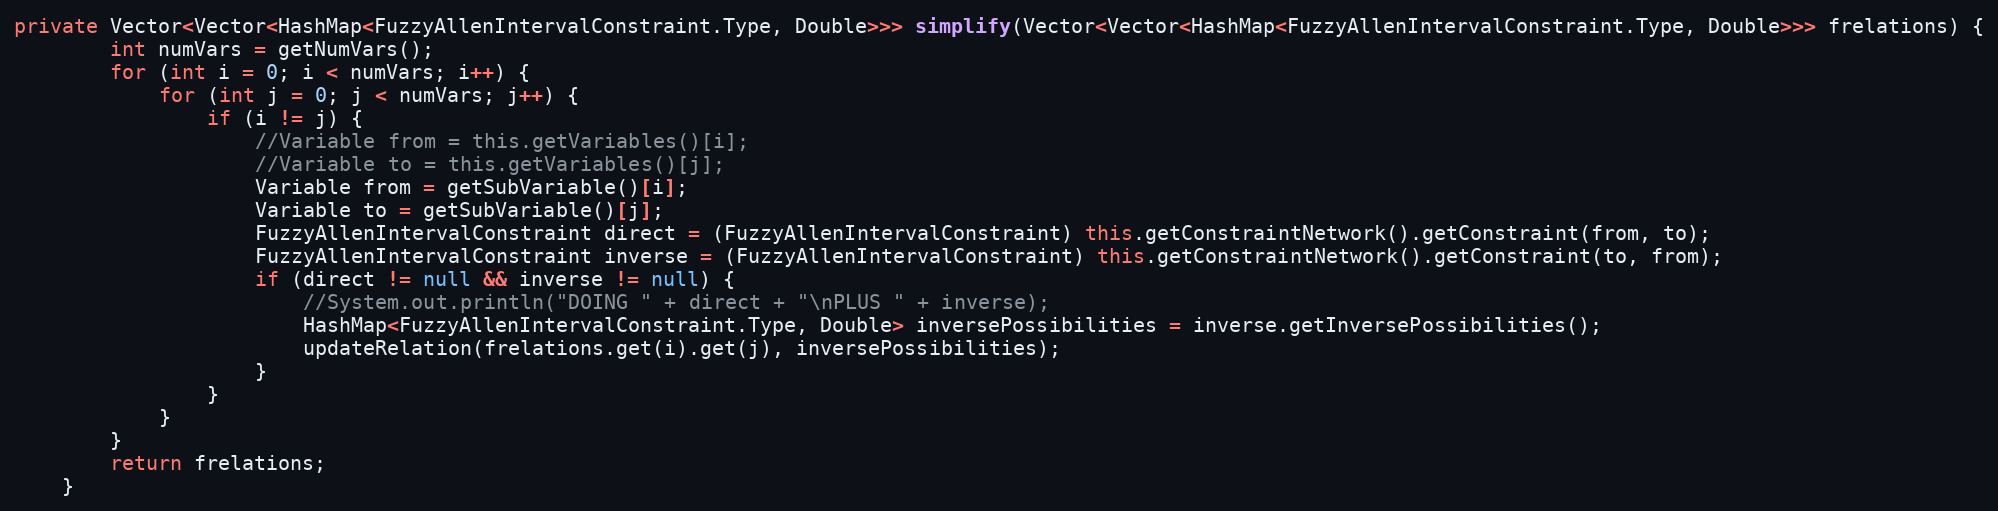
Language: Java
private Vector<Vector<HashMap<FuzzyAllenIntervalConstraint.Type, Double>>> simplify(Vector<Vector<HashMap<FuzzyAllenIntervalConstraint.Type, Double>>> frelations) {
		int numVars = getNumVars();
		for (int i = 0; i < numVars; i++) {
			for (int j = 0; j < numVars; j++) {
				if (i != j) {
					//Variable from = this.getVariables()[i];
					//Variable to = this.getVariables()[j];
					Variable from = getSubVariable()[i];
					Variable to = getSubVariable()[j];
					FuzzyAllenIntervalConstraint direct = (FuzzyAllenIntervalConstraint) this.getConstraintNetwork().getConstraint(from, to);
					FuzzyAllenIntervalConstraint inverse = (FuzzyAllenIntervalConstraint) this.getConstraintNetwork().getConstraint(to, from);
					if (direct != null && inverse != null) {
						//System.out.println("DOING " + direct + "\nPLUS " + inverse);
						HashMap<FuzzyAllenIntervalConstraint.Type, Double> inversePossibilities = inverse.getInversePossibilities();
						updateRelation(frelations.get(i).get(j), inversePossibilities);
					}
				}
			}
		}
		return frelations;
	}